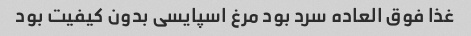
غذا فوق العاده سرد بود مرغ اسپایسی بدون کیفیت بود